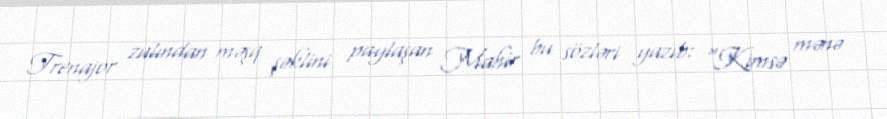
Trenajor zalından məşq şəklini paylaşan Mahir bu sözləri yazıb: “Kimsə mənə